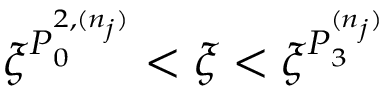
\xi ^ { P _ { 0 } ^ { 2 , ( n _ { j } ) } } < \xi < \xi ^ { P _ { 3 } ^ { ( n _ { j } ) } }